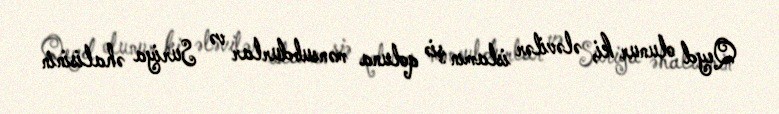
Qeyd olunur ki, ələvilər islamın şiə qoluna mənsubdurlar və Suriya əhalisinin